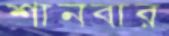
শানবার